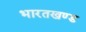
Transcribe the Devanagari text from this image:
भारतखण्ड